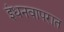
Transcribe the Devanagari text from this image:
इंधनवापरात